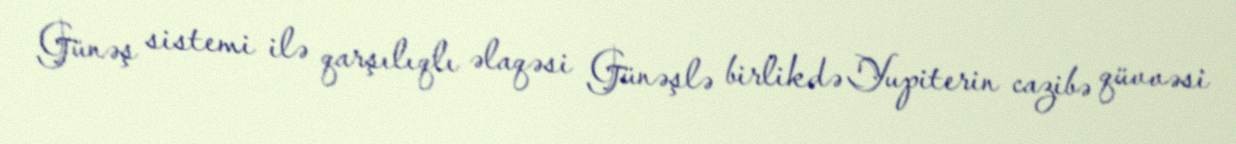
Günəş sistemi ilə qarşılıqlı əlaqəsi Günəşlə birlikdə Yupiterin cazibə qüvvəsi